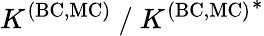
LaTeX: K^{\mathrm{(BC,MC)}}~/~{K^{\mathrm{(BC,MC)}}}^{*}